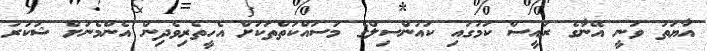
އާޔަތު ވަނީ އޭނާގެ ރައީސް ކަމުގައި ކައުންސިލްގެ މަސައްކަތްތަކަށް އެހީތެރިވެދިން އެންމެނަށް ޝުކުރު